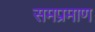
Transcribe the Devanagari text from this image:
समप्रमाण